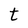
Character: t